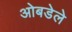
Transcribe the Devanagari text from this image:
ओबडेले